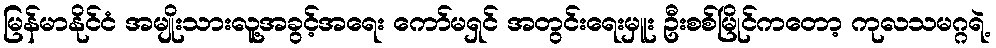
မြန်မာနိုင်ငံ အမျိုးသားလူ့အခွင့်အရေး ကော်မရှင် အတွင်းရေးမှူး ဦးစစ်မြိုင်ကတော့ ကုလသမဂ္ဂရဲ့